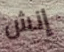
إنش